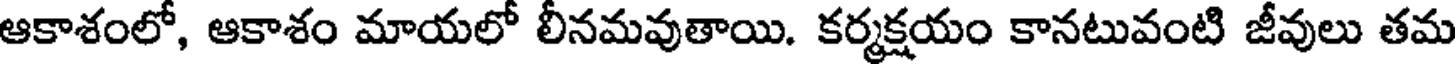
ఆకాశంలో, ఆకాశం మాయలో లీనమవుతాయి. కర్మక్షయం కానటువంటి జీవులు తమ